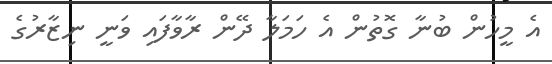
އެ މީހުން ބުނާ ގޮތުން އެ ހަމަލާ ދޭން ރާވާފައި ވަނީ ނިޒާރުގެ